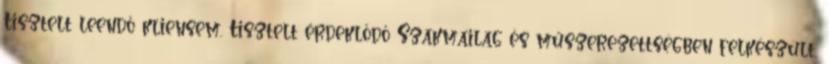
Tisztelt leendő kliensem, Tisztelt érdeklődő Szakmailag és műszerezettségben felkészült,